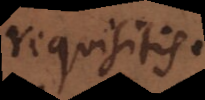
requisitis.